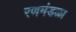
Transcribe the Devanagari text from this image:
रणमंडळा